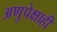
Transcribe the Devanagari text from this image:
अणुपेक्षाही